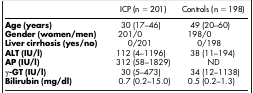
|  | ICP (n = 201) | Controls (n = 198) |
 | --- | --- | --- |
 | Age (years) | 30 (17–46) | 49 (20–60) |
 | Gender (women/men) | 201/0 | 198/0 |
 | Liver cirrhosis (yes/no) | 0/201 | 0/198 |
 | ALT (IU/l) | 112 (4–1196) | 38 (11–194) |
 | AP (IU/l) | 312 (58–1829) | ND |
 | γ-GT (IU/l) | 30 (5–473) | 34 (12–1138) |
 | Bilirubin (mg/dl) | 0.7 (0.2–15.0) | 0.5 (0.2–1.3) |